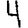
Digit: 4